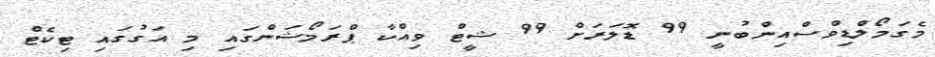
މެގަމޯލްޑިވްސްއިންބުނީ 99 ޑޮލަރަށް 99 ޝީޓް ވިއްކާ ޕްރަމޯޝަންގައި މި އަގުގައި ޓިކެޓް